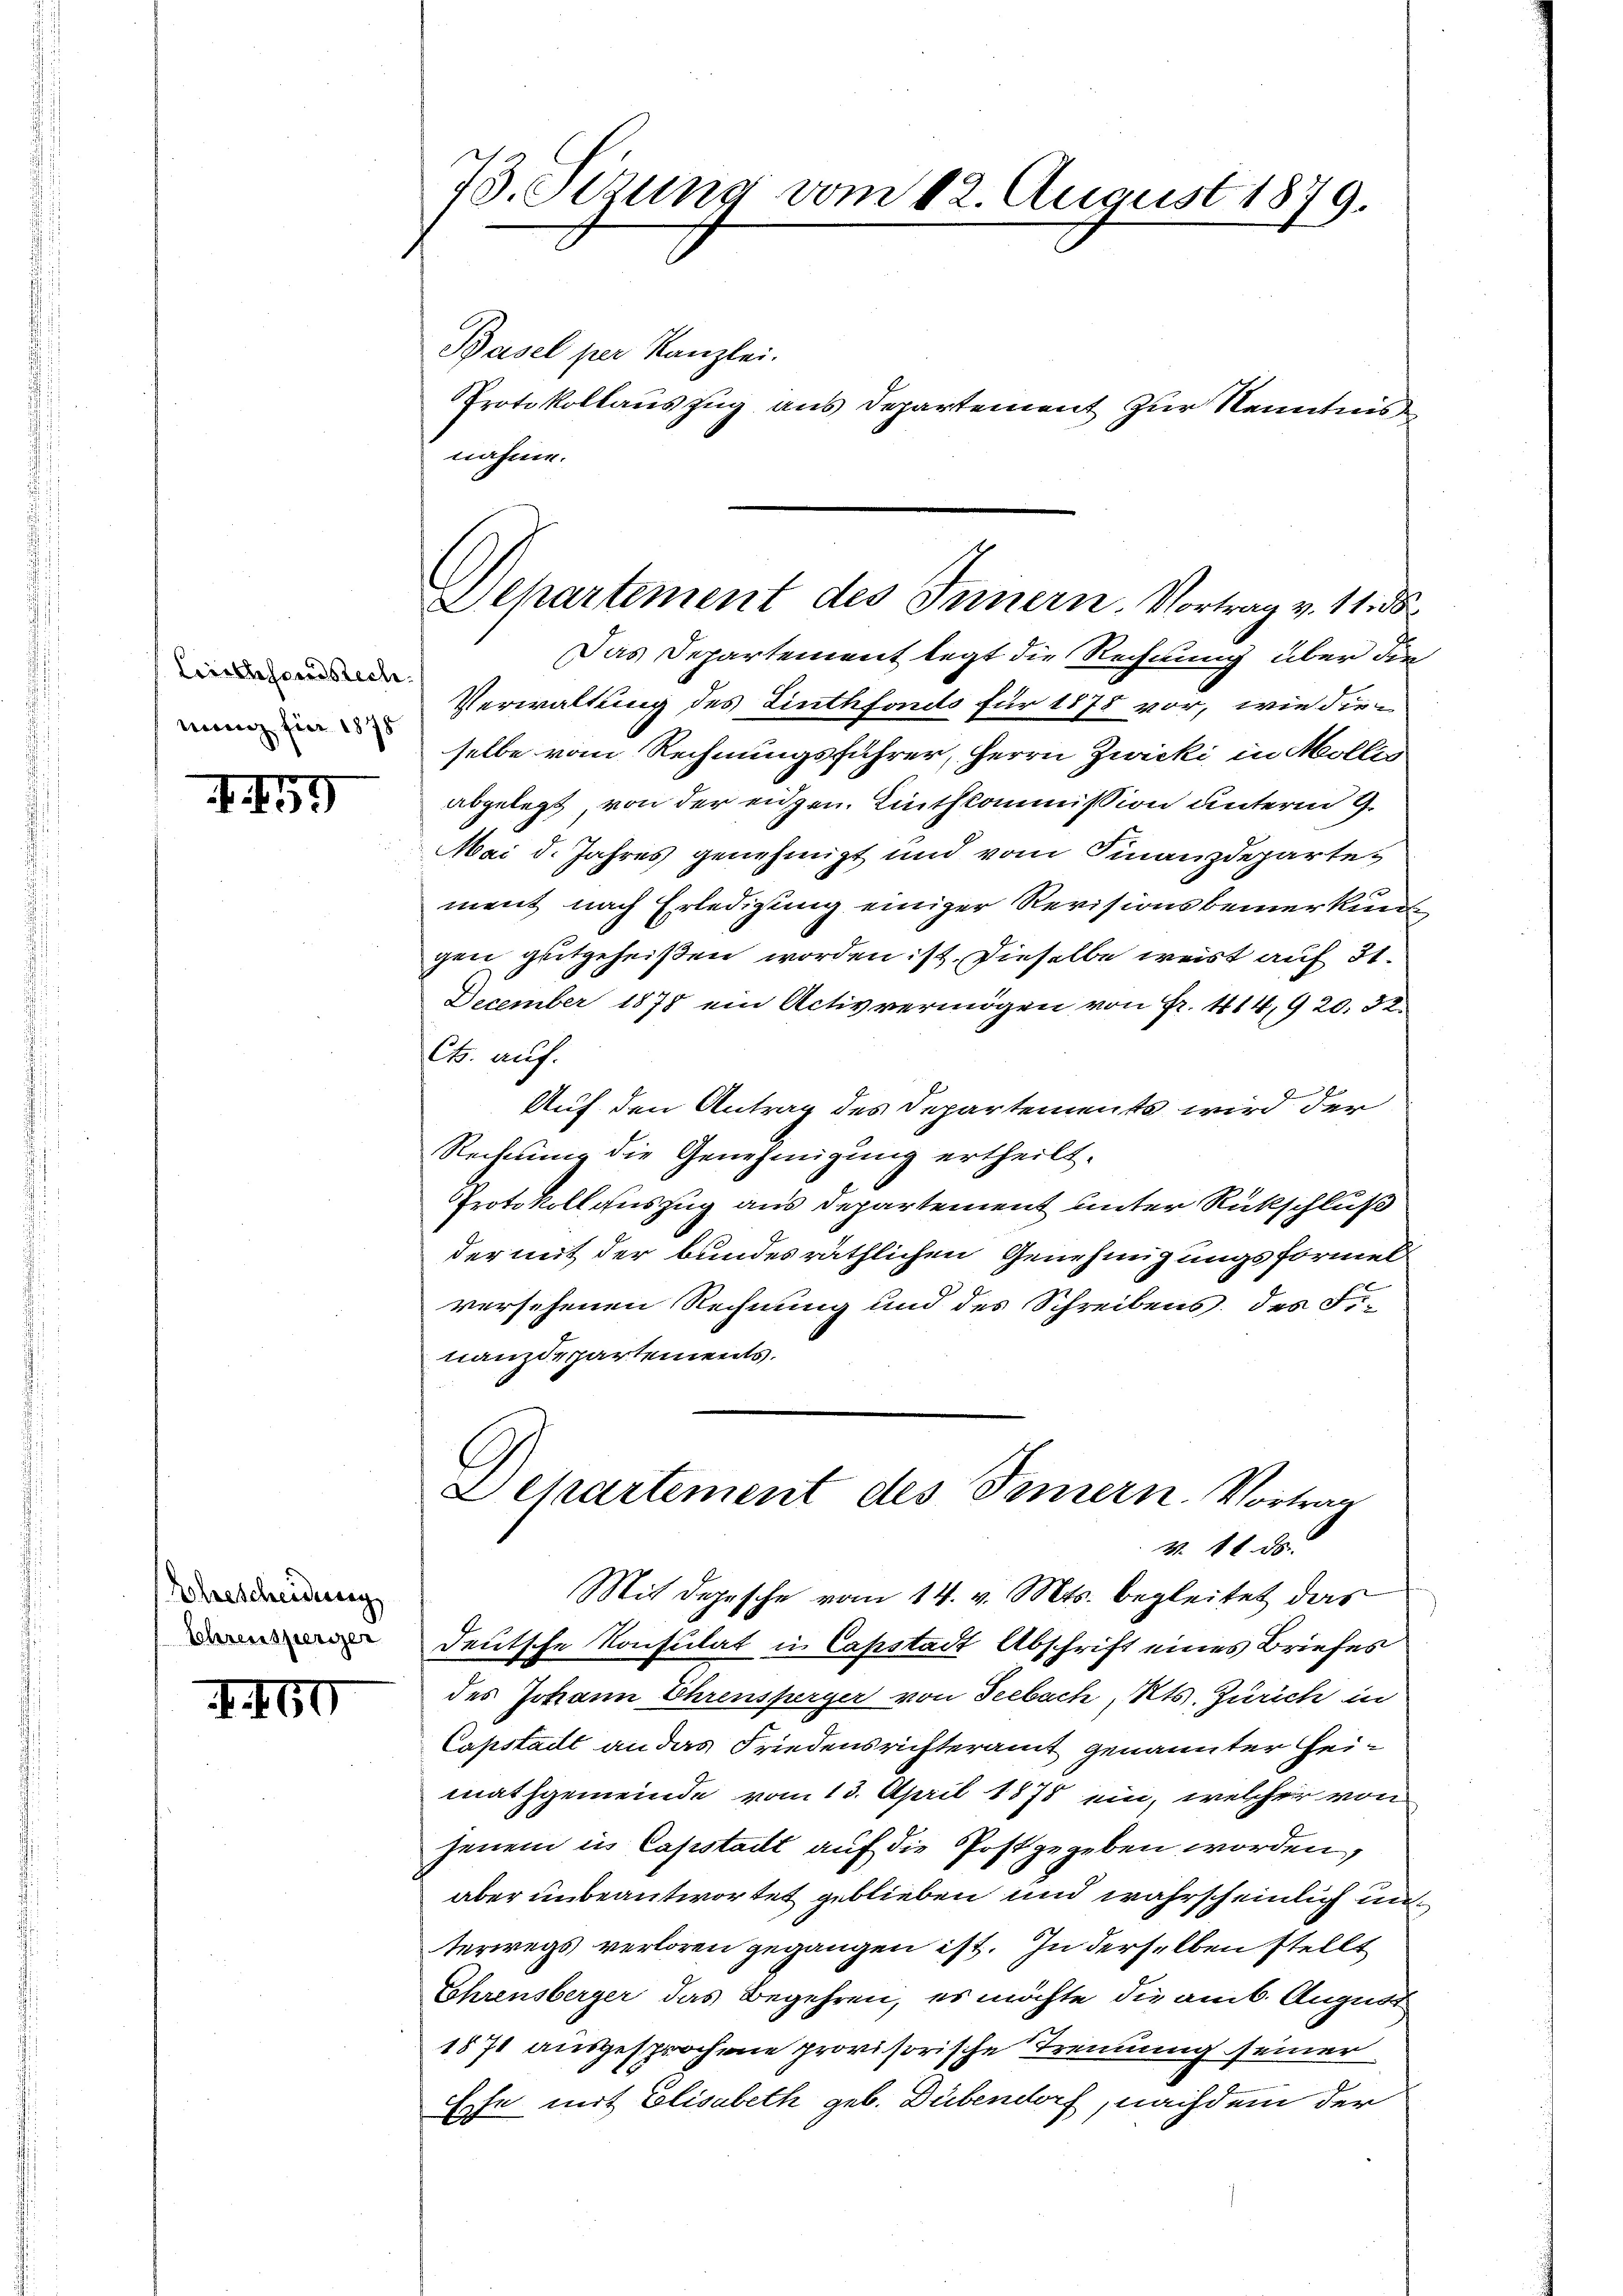
Liechhorndsrech
nung für 1878

59

Ehescheidung
Lehrensperier

.

50

73. Sizung vom 12. August 1879.

Basel per Kanzlei.
Protokollauszug aus Departement zur Kenntnis
nähren.

Departement des Innern. Vortrag v. 11. ds

Das Departement legt die Rechnung über die
Verwaltung des Linthfonds für 1878 vor, wie dieselbe vom Rechnungsführer, Herrn Zwicki, in Mollis
abgelegt von der eidgen. Linthcommission unterm 9.
Mai d. Jahres genehmigt und vom Finanzdeparter
ment nach Erledigung einiger Revisionsbemerkun
gen gutgeheißen worden ist. Dieselbe weist auf 31.
December 1878 ein Activvermögen von Fr. 414,920. 32.
Cb. auch.
Auf den Antrag des Departements wird der
Rechnung die Genehmigung ertheilt.
Protokoll auszug aus Departement unter Rückschluß
der mit der bundesräthlichen Genehmigungsformel
versehenen Rechnung und des Schreibens des Fi-
nanzdepartements.
Sckartement des Innern. Vortrag
N. 11. ds.
Mit Depesche vom 14. v. Mts. begleitet das
deutsche Konsulat in Capstadt Abschrift eines Briefes
des Johann Ehrensperger von Seebach, Kts. Zürich in
Capstailt an das Friedensrichteramt genannter Heimathgemeinde vom 13. April 1878 ein, welcher von
jenem in Capstait auf die Post gegeben worden,
aber unbeantwortet geblieben und wahrscheinlich und
terwegs verloren gegangen ist. In derselben stellt
Ehrensberger das Begehren, es möchte die am 6. August
1871 ausgesprochene provisorische Trennung seiner
Eche mit Elisabeth geb. Dübendorf, nachdem der